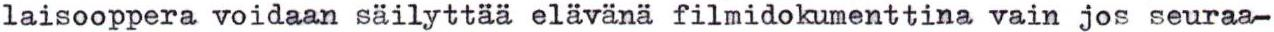
laisooppera voidaan säilyttää elävänä filmidokumenttina vain jos seuraa-